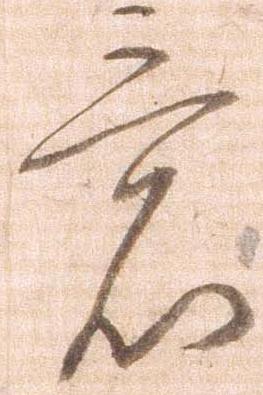
意